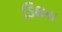
ડિશના